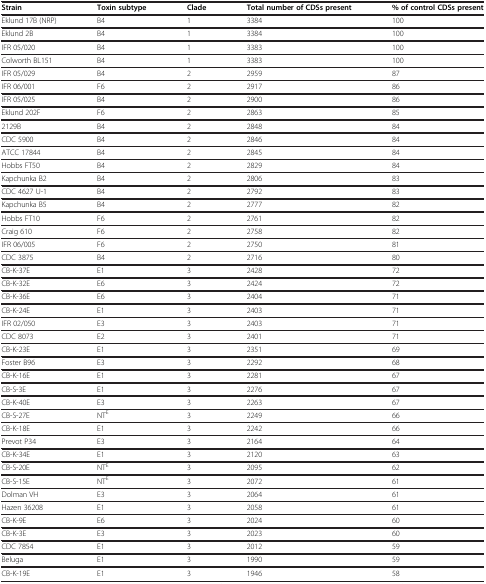
<table><thead><tr><td><b>Strain</b></td><td><b>Toxin subtype</b></td><td><b>Clade</b></td><td><b>Total number of CDSs present</b></td><td><b>% of control CDSs present</b></td></tr></thead><tbody><tr><td>Eklund 17B (NRP)</td><td>B4</td><td>1</td><td>3384</td><td>100</td></tr><tr><td>Eklund 2B</td><td>B4</td><td>1</td><td>3384</td><td>100</td></tr><tr><td>IFR 05/020</td><td>B4</td><td>1</td><td>3383</td><td>100</td></tr><tr><td>Colworth BL151</td><td>B4</td><td>1</td><td>3383</td><td>100</td></tr><tr><td>IFR 05/029</td><td>B4</td><td>2</td><td>2959</td><td>87</td></tr><tr><td>IFR 06/001</td><td>F6</td><td>2</td><td>2917</td><td>86</td></tr><tr><td>IFR 05/025</td><td>B4</td><td>2</td><td>2900</td><td>86</td></tr><tr><td>Eklund 202F</td><td>F6</td><td>2</td><td>2863</td><td>85</td></tr><tr><td>2129B</td><td>B4</td><td>2</td><td>2848</td><td>84</td></tr><tr><td>CDC 5900</td><td>B4</td><td>2</td><td>2846</td><td>84</td></tr><tr><td>ATCC 17844</td><td>B4</td><td>2</td><td>2845</td><td>84</td></tr><tr><td>Hobbs FT50</td><td>B4</td><td>2</td><td>2829</td><td>84</td></tr><tr><td>Kapchunka B2</td><td>B4</td><td>2</td><td>2806</td><td>83</td></tr><tr><td>CDC 4627 U-1</td><td>B4</td><td>2</td><td>2792</td><td>83</td></tr><tr><td>Kapchunka B5</td><td>B4</td><td>2</td><td>2777</td><td>82</td></tr><tr><td>Hobbs FT10</td><td>F6</td><td>2</td><td>2761</td><td>82</td></tr><tr><td>Craig 610</td><td>F6</td><td>2</td><td>2758</td><td>82</td></tr><tr><td>IFR 06/005</td><td>F6</td><td>2</td><td>2750</td><td>81</td></tr><tr><td>CDC 3875</td><td>B4</td><td>2</td><td>2716</td><td>80</td></tr><tr><td>CB-K-37E</td><td>E1</td><td>3</td><td>2428</td><td>72</td></tr><tr><td>CB-K-32E</td><td>E6</td><td>3</td><td>2424</td><td>72</td></tr><tr><td>CB-K-36E</td><td>E6</td><td>3</td><td>2404</td><td>71</td></tr><tr><td>CB-K-24E</td><td>E1</td><td>3</td><td>2403</td><td>71</td></tr><tr><td>IFR 02/050</td><td>E3</td><td>3</td><td>2403</td><td>71</td></tr><tr><td>CDC 8073</td><td>E2</td><td>3</td><td>2401</td><td>71</td></tr><tr><td>CB-K-23E</td><td>E1</td><td>3</td><td>2351</td><td>69</td></tr><tr><td>Foster B96</td><td>E3</td><td>3</td><td>2292</td><td>68</td></tr><tr><td>CB-K-16E</td><td>E1</td><td>3</td><td>2281</td><td>67</td></tr><tr><td>CB-S-3E</td><td>E1</td><td>3</td><td>2276</td><td>67</td></tr><tr><td>CB-K-40E</td><td>E3</td><td>3</td><td>2263</td><td>67</td></tr><tr><td>CB-S-27E</td><td>NT<sup>E</sup></td><td>3</td><td>2249</td><td>66</td></tr><tr><td>CB-K-18E</td><td>E1</td><td>3</td><td>2242</td><td>66</td></tr><tr><td>Prevot P34</td><td>E3</td><td>3</td><td>2164</td><td>64</td></tr><tr><td>CB-K-34E</td><td>E1</td><td>3</td><td>2120</td><td>63</td></tr><tr><td>CB-S-20E</td><td>NT<sup>E</sup></td><td>3</td><td>2095</td><td>62</td></tr><tr><td>CB-S-15E</td><td>NT<sup>E</sup></td><td>3</td><td>2072</td><td>61</td></tr><tr><td>Dolman VH</td><td>E3</td><td>3</td><td>2064</td><td>61</td></tr><tr><td>Hazen 36208</td><td>E1</td><td>3</td><td>2058</td><td>61</td></tr><tr><td>CB-K-9E</td><td>E6</td><td>3</td><td>2024</td><td>60</td></tr><tr><td>CB-K-3E</td><td>E3</td><td>3</td><td>2023</td><td>60</td></tr><tr><td>CDC 7854</td><td>E1</td><td>3</td><td>2012</td><td>59</td></tr><tr><td>Beluga</td><td>E1</td><td>3</td><td>1990</td><td>59</td></tr><tr><td>CB-K-19E</td><td>E1</td><td>3</td><td>1946</td><td>58</td></tr></tbody></table>